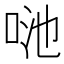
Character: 𠲨